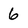
Character: 6